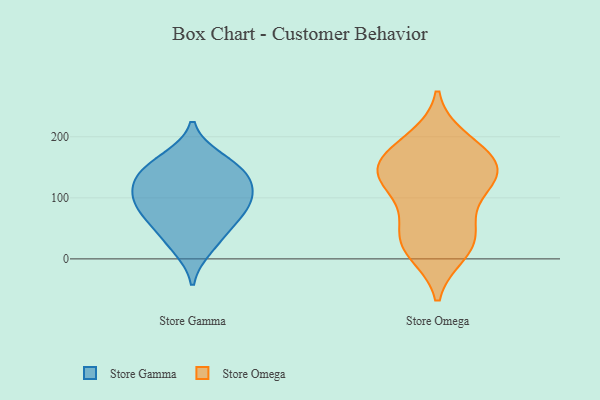
{"axis": {"x": "Conversion Rate (%)", "y": "Value"}, "legend": ["Store Gamma", "Store Omega"], "data": [{"x": "", "y": 135, "type": "Store Gamma"}, {"x": "", "y": 18, "type": "Store Gamma"}, {"x": "", "y": 67, "type": "Store Gamma"}, {"x": "", "y": 153, "type": "Store Gamma"}, {"x": "", "y": 132, "type": "Store Gamma"}, {"x": "", "y": 164, "type": "Store Gamma"}, {"x": "", "y": 93, "type": "Store Gamma"}, {"x": "", "y": 116, "type": "Store Gamma"}, {"x": "", "y": 97, "type": "Store Gamma"}, {"x": "", "y": 79, "type": "Store Gamma"}, {"x": "", "y": 42, "type": "Store Gamma"}, {"x": "", "y": 131, "type": "Store Omega"}, {"x": "", "y": 24, "type": "Store Omega"}, {"x": "", "y": 146, "type": "Store Omega"}, {"x": "", "y": 136, "type": "Store Omega"}, {"x": "", "y": 160, "type": "Store Omega"}, {"x": "", "y": 119, "type": "Store Omega"}, {"x": "", "y": 51, "type": "Store Omega"}, {"x": "", "y": 146, "type": "Store Omega"}, {"x": "", "y": 17, "type": "Store Omega"}, {"x": "", "y": 196, "type": "Store Omega"}, {"x": "", "y": 161, "type": "Store Omega"}, {"x": "", "y": 188, "type": "Store Omega"}, {"x": "", "y": 47, "type": "Store Omega"}, {"x": "", "y": 95, "type": "Store Omega"}, {"x": "", "y": 10, "type": "Store Omega"}]}